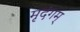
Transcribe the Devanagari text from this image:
मृदंगम्